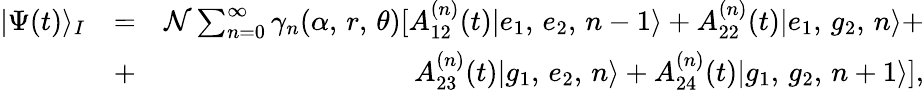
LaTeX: \begin{array}{rlr}{|\Psi(t)\rangle_{I}}&{=}&{\mathcal{N}\sum_{n=0}^{\infty}\gamma_{n}(\alpha,\, r,\, \theta)[A_{12}^{(n)}(t)|e_{1},\, e_{2},\, n-1\rangle+A_{22}^{(n)}(t)|e_{1},\, g_{2},\, n\rangle+}\\ &{+}&{A_{23}^{(n)}(t)|g_{1},\, e_{2},\, n\rangle+A_{24}^{(n)}(t)|g_{1},\, g_{2},\, n+1\rangle],}\end{array}